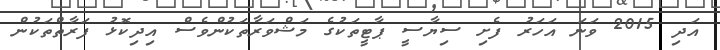
އަދި 2015 ވަނަ އަހަރު ފެށި ސިޔާސީ ޕާޓީތަކުގެ މަޝްވަރާތަކުންވެސް އިދިކޮޅު ފަރާތްތަކުން